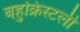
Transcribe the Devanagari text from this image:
बहुक्रिस्टली